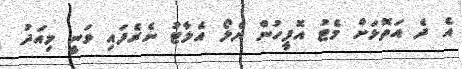
އެ ދެ އަތޮޅަށް މެޓު އޮފީހުން ޔެލޯ އެލާޓު ނެރެފައި ވަނީ މިއަދު